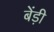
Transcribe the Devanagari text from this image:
बेंड़ी